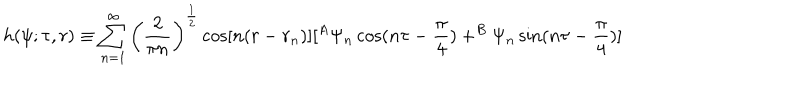
h ( \psi ; \tau , r ) \equiv \sum _ { n = 1 } ^ { \infty } \left( \frac 2 { \pi n } \right) ^ { \frac 1 2 } \cos [ n ( r - r _ { n } ) ] [ ^ { A } \Psi _ { n } \cos ( n \tau - \frac \pi 4 ) + ^ { B } \Psi _ { n } \sin ( n \tau - \frac \pi 4 ) ]